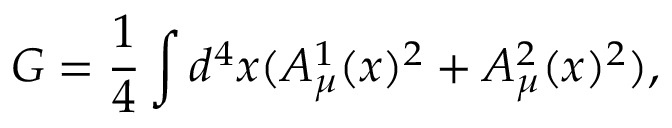
G = \frac { 1 } { 4 } \int d ^ { 4 } x ( A _ { \mu } ^ { 1 } ( x ) ^ { 2 } + A _ { \mu } ^ { 2 } ( x ) ^ { 2 } ) ,